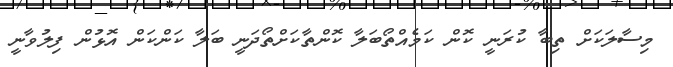
މިސާލަކަށް ތިބާ ކުރަނީ ކޮން ކަމެއްތޯބަލާ ކޮންތާކަށްތޯދަނީ ބަލާ ކަންކަން އޮޅުން ފިލުވާނީ